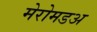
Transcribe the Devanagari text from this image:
मेरोमडअ